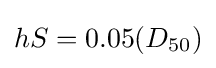
{hS}={0.05(D_{50})}